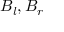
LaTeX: B _ { l } , B _ { r }